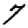
Digit: 7